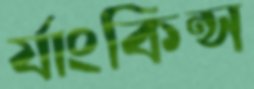
র‍্যাংকিন্স